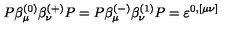
P \beta _ { \mu } ^ { ( 0 ) } \beta _ { \nu } ^ { ( + ) } P = P \beta _ { \mu } ^ { ( - ) } \beta _ { \nu } ^ { ( 1 ) } P = \varepsilon ^ { 0 , [ \mu \nu ] }